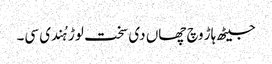
جیٹھ ہاڑ وچ چھاں دی سخت لوڑ ہُندی سی۔